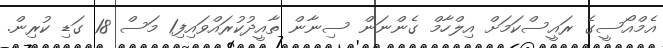
އެމްއޯސީގެ ރައީސްކަމަށް އިލްހާމް ގެންނަން ސިނާން ތާއީދުކުރައްވައިފި1 މަސް 18 ގަޑި ކުރިން.